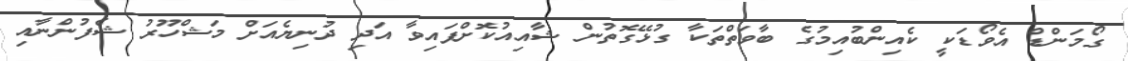
ގޯމަންޑް އެވޯޑަކީ ކެއިންބުއިމުގެ ބާވަތްތަކާ ގުޅޭގޮތުން ޝާއިއުކޮށްފައިވާ އަދި ދުނިޔެއަށް މަޝްހޫރު ޝެފުންނާއި